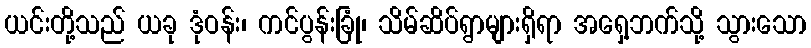
ယင်းတို့သည် ယခု ဒုံဝန်း၊ ကင်ပွန်းခြုံ၊ သိမ်ဆိပ်ရွာများရှိရာ အရှေ့ဘက်သို့ သွားသော